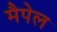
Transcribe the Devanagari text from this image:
मैपेल